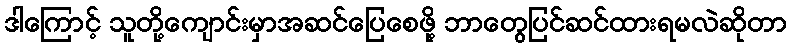
ဒါကြောင့် သူတို့ကျောင်းမှာအဆင်ပြေစေဖို့ ဘာတွေပြင်ဆင်ထားရမလဲဆိုတာ